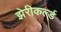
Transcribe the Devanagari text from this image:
झेरीकर्ल्ड